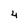
Character: 4